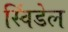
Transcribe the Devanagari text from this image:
स्विंडेल